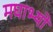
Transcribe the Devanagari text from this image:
मघाभ्यो